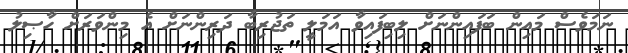
ނަމަވެސް މައިން ބަފައިންނަށް ލިބިފައިވާ އަމަލީ ތަޖުރިބާ ދަރިންނަށް އެ މިންވަރަށް ހާޞިލު